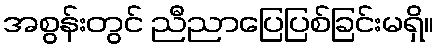
အစွန်းတွင် ညီညာပြေပြစ်ခြင်းမရှိ။